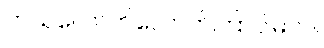
ဘယ်လောက်လောက်ကြာပါမလဲ။